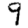
Digit: 9